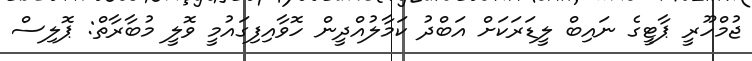
ޖުމްހޫރީ ޕާޓީގެ ނައިބް ލީޑަރަކަށް އަބްދު ކަމާލުއްދީން ހޮވާއިފިގައުމީ ވޮލީ މުބާރާތް: ޕޮލިސް